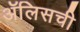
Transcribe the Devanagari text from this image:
ॲलिसची